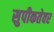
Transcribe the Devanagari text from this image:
सुपीकतेवर